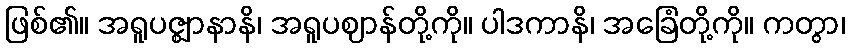
ဖြစ်၏။ အရူပဇ္ဈာနာနိ၊ အရူပဈာန်တို့ကို။ ပါဒကာနိ၊ အခြေံတို့ကို။ ကတွာ၊